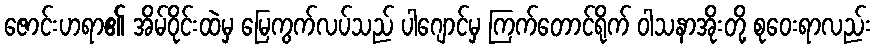
ဇောင်းဟရာ၏ အိမ်ဝိုင်းထဲမှ မြေကွက်လပ်သည် ပါဂျောင်မှ ကြက်တောင်ရိုက် ဝါသနာအိုးတို့ စုဝေးရာလည်း